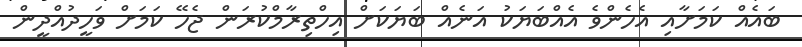
ބައެއް ކަމަށާއި އެހެންވެ އެއްބަޔަކު އަނެއް ބަޔަކަށް އިހްތިރާމްކުރަން ޖެހޭ ކަމަށް ވަހީދުއްދީން